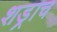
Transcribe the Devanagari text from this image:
शड्राच